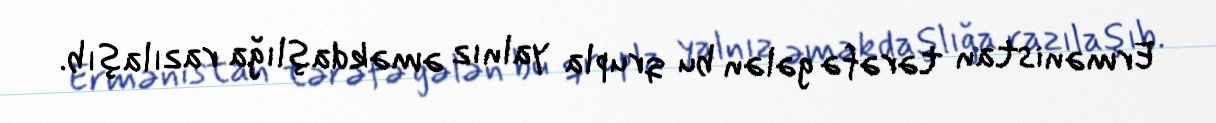
Ermənistan tərəfə gələn bu qrupla yalnız əməkdaşlığa razılaşıb.